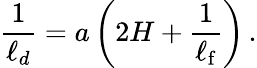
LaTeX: \frac{1}{\ell_{d}}=a\left(2H+\frac{1}{\ell_{\mathrm{f}}}\right)\, .